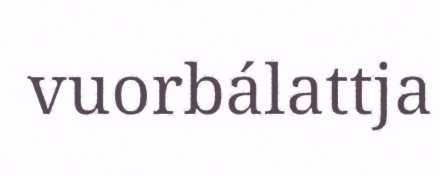
vuorbálattja